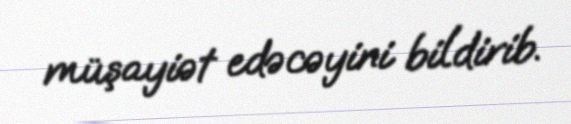
müşayiət edəcəyini bildirib.